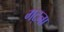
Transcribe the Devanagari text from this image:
गट्ना